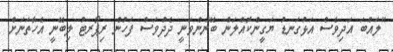
"ލައްބަ އަދިވެސް އަޅުގަނޑު ޔަގީންކޮއްލަން ބޭނުންވަނީ ދެދުވަސް ފަހުން ރިޕޯރޓު ލިބޭނީ އެހާތަނަށް